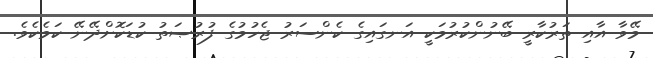
މޭވާ އާއި ތަރުކާރީ ބޭނުންކުރުމަކީ އަނގައިގެ ކެންސަރު ޖެހުމުގެ ފުރުޞަތު ކުޑަކޮށްދޭނޭ ކަމެކެވެ.